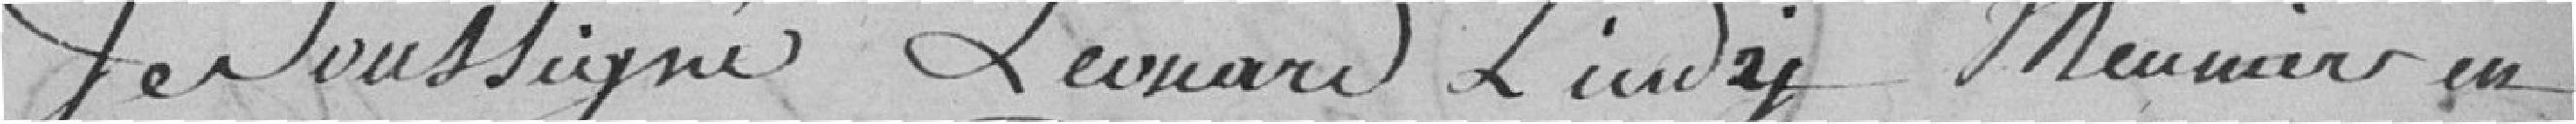
Je soussigné Léonard Lindy Meunier en